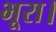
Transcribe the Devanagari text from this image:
भूरा।